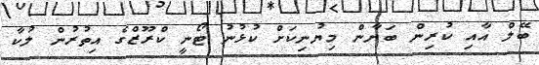
ބޭލް އާއި ކުރިން ބަޔާން މިޔުނިކަށް ކުޅުނު ޓޯނީ ކްރޫޒްގެ އިތުރުން ލުކާ